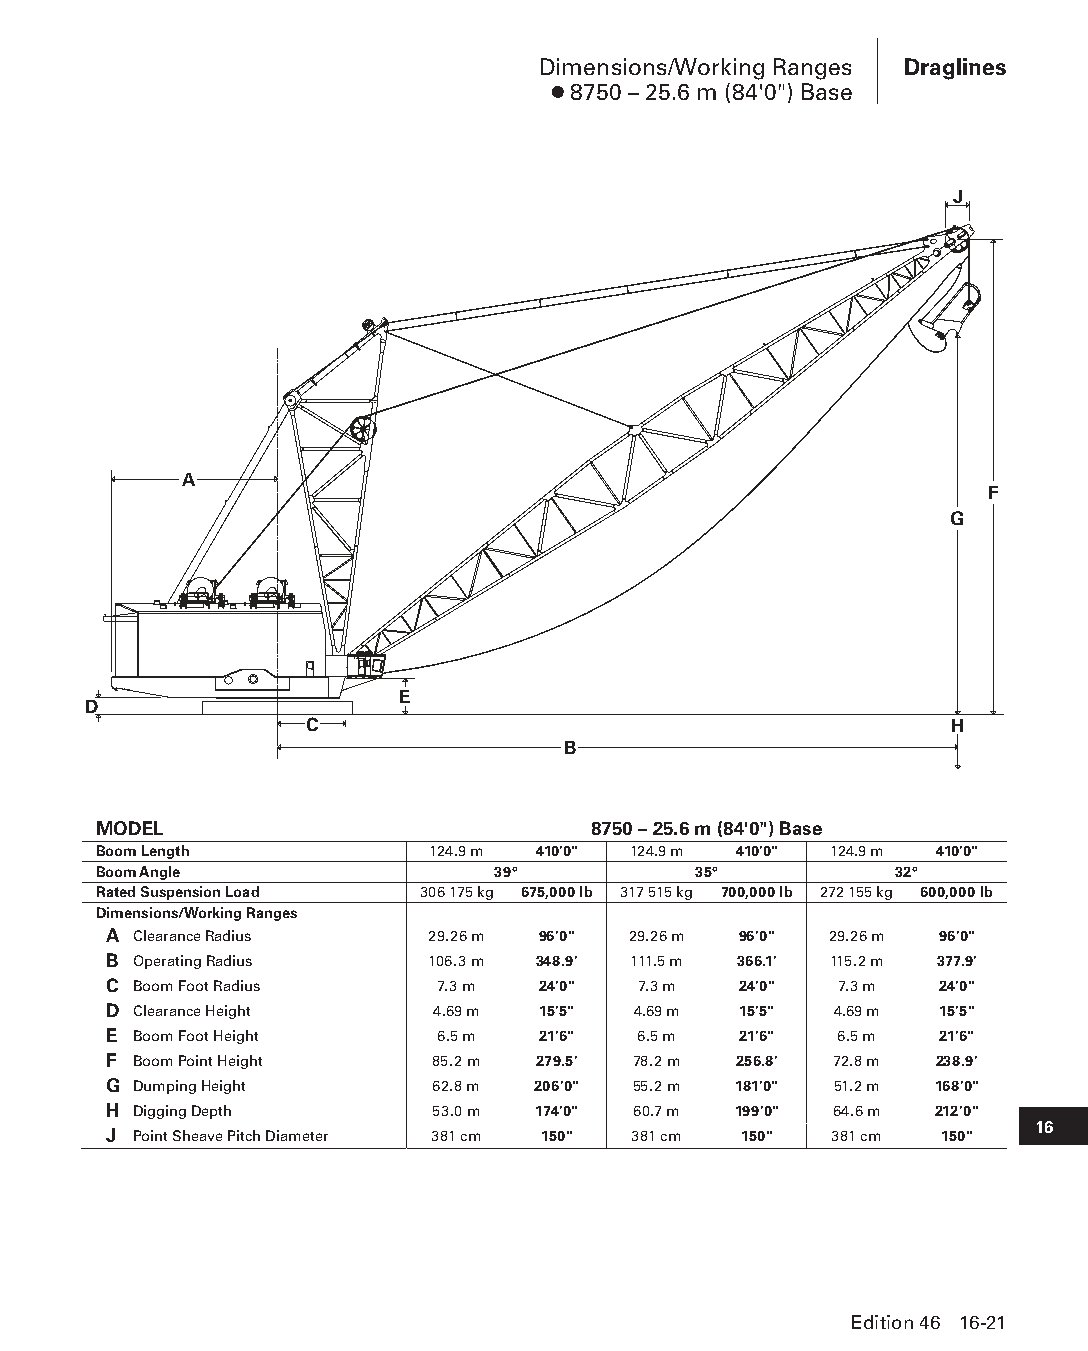
Dimensions/Working Ranges Draglines
 ● 8750 – 25.6 m (84'0") Base
 J
 A
 F
 G
 E
 D
 C                                         H
 B
 MODEL                           8750 – 25.6 m (84'0") Base
 Boom Length           124.9 m 410'0" 124.9 m 410'0" 124.9 m 410'0"
 Boom Angle                39°          35°           32°
 Rated Suspension Load 306 175 kg 675,000 lb 317 515 kg 700,000 lb 272 155 kg 600,000 lb
 Dimensions/Working Ranges
 A Clearance Radius    29.26 m 96'0" 29.26 m 96'0" 29.26 m 96'0"
 B Operating Radius    106.3 m 348.9' 111.5 m 366.1' 115.2 m 377.9'
 C Boom Foot Radius    7.3 m  24'0"  7.3 m 24'0"  7.3 m  24'0"
 D Clearance Height    4.69 m 15'5" 4.69 m 15'5"  4.69 m 15'5"
 E Boom Foot Height    6.5 m  21'6"  6.5 m 21'6"  6.5 m  21'6"
 F Boom Point Height   85.2 m 279.5' 78.2 m 256.8' 72.8 m 238.9'
 G Dumping Height      62.8 m 206'0" 55.2 m 181'0" 51.2 m 168'0"
 H Digging Depth       53.0 m 174'0" 60.7 m 199'0" 64.6 m 212'0"
 16
 J Point Sheave Pitch Diameter 381 cm 150" 381 cm 150" 381 cm 150"
 Edition 46 16-21
 PPHHBB--SSeecc1166--DDrraagglliinneess((ppgg000011--002244))..iinndddd 2211 1122//44//1155 1100::5522 AAMM